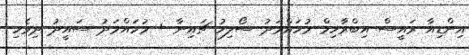
އިންޑިއާ ރައީސް އިބްރާހިމް މުހައްމަދު ސޯލިހު ޗައިނާ + މުހައްމަދު ސައީދު ދިވެހި